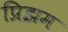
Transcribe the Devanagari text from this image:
प्रिझम